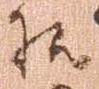
様